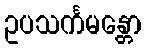
ဥပသင်္ကမန္တော